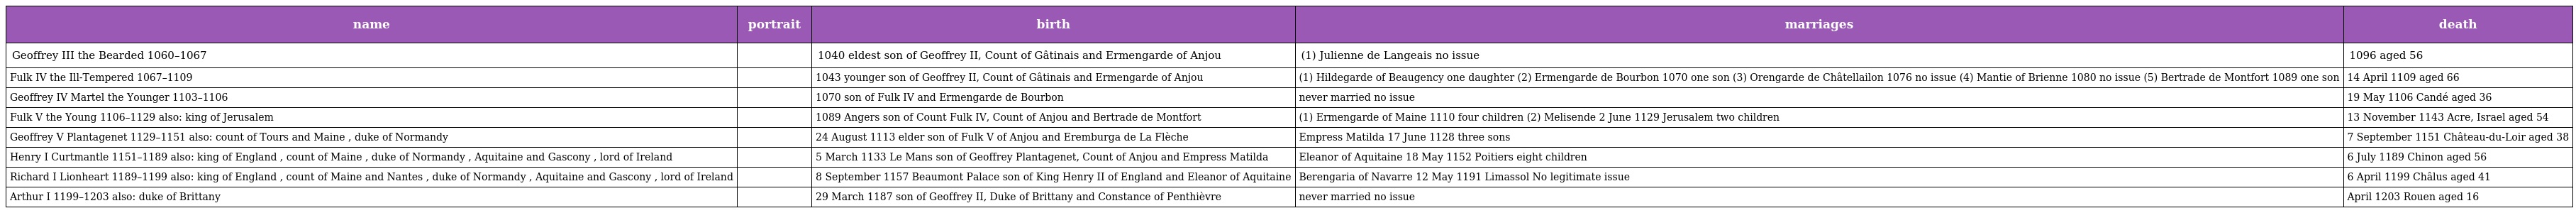
| name | portrait | birth | marriages | death |
 | --- | --- | --- | --- | --- |
 | Geoffrey III the Bearded 1060–1067 |  | 1040 eldest son of Geoffrey II, Count of Gâtinais and Ermengarde of Anjou | (1) Julienne de Langeais no issue | 1096 aged 56 |
 | Fulk IV the Ill-Tempered 1067–1109 |  | 1043 younger son of Geoffrey II, Count of Gâtinais and Ermengarde of Anjou | (1) Hildegarde of Beaugency one daughter (2) Ermengarde de Bourbon 1070 one son (3) Orengarde de Châtellailon 1076 no issue (4) Mantie of Brienne 1080 no issue (5) Bertrade de Montfort 1089 one son | 14 April 1109 aged 66 |
 | Geoffrey IV Martel the Younger 1103–1106 |  | 1070 son of Fulk IV and Ermengarde de Bourbon | never married no issue | 19 May 1106 Candé aged 36 |
 | Fulk V the Young 1106–1129 also: king of Jerusalem |  | 1089 Angers son of Count Fulk IV, Count of Anjou and Bertrade de Montfort | (1) Ermengarde of Maine 1110 four children (2) Melisende 2 June 1129 Jerusalem two children | 13 November 1143 Acre, Israel aged 54 |
 | Geoffrey V Plantagenet 1129–1151 also: count of Tours and Maine , duke of Normandy |  | 24 August 1113 elder son of Fulk V of Anjou and Eremburga de La Flèche | Empress Matilda 17 June 1128 three sons | 7 September 1151 Château-du-Loir aged 38 |
 | Henry I Curtmantle 1151–1189 also: king of England , count of Maine , duke of Normandy , Aquitaine and Gascony , lord of Ireland |  | 5 March 1133 Le Mans son of Geoffrey Plantagenet, Count of Anjou and Empress Matilda | Eleanor of Aquitaine 18 May 1152 Poitiers eight children | 6 July 1189 Chinon aged 56 |
 | Richard I Lionheart 1189–1199 also: king of England , count of Maine and Nantes , duke of Normandy , Aquitaine and Gascony , lord of Ireland |  | 8 September 1157 Beaumont Palace son of King Henry II of England and Eleanor of Aquitaine | Berengaria of Navarre 12 May 1191 Limassol No legitimate issue | 6 April 1199 Châlus aged 41 |
 | Arthur I 1199–1203 also: duke of Brittany |  | 29 March 1187 son of Geoffrey II, Duke of Brittany and Constance of Penthièvre | never married no issue | April 1203 Rouen aged 16 |